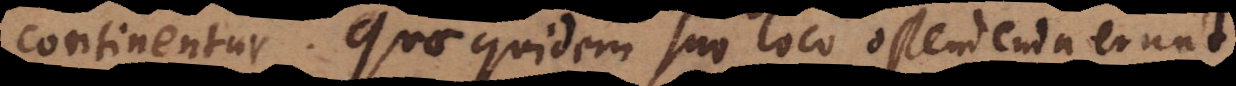
continentur. Quae quidem suo loco ostendenda erunt,